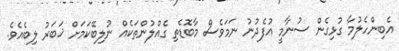
އެބިންހެލުމާ ގުޅިގެން ސުނާމީ އުފެދުނު ނަމަވެސް މާބޮޑެތި ގެއްލުންތަކެއް ނުލިބޭކަމަށް ޚަބަރު ލިބެއެވެ.